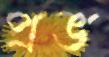
প্রভ